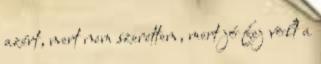
azért, mert nem szerettem, mert jó fej volt a